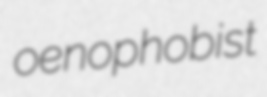
oenophobist